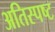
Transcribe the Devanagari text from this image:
अतिस्पष्ट